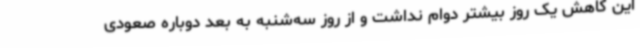
این کاهش یک روز بیشتر دوام نداشت و از روز سه‌شنبه به‌ بعد دوباره صعودی